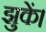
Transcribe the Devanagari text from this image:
झुकें।